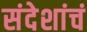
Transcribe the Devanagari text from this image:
संदेशांचं